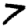
Digit: 7